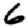
Digit: 6